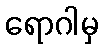
ရောဂါမှ